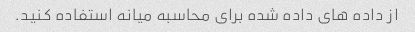
از داده های داده شده برای محاسبه میانه استفاده کنید.